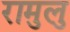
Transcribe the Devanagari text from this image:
रामुलु